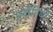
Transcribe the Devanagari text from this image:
नबीतियों